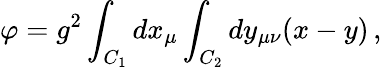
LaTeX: \varphi=g^{2}\int_{C_{1}}dx_{\mu}\int_{C_{2}}dy_{\mu\nu}(x-y)\, ,